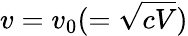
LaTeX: v=v_{0}(=\sqrt{cV})